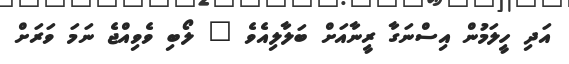
އަދި ހީލަމުން އިސްނަގާ ރީނާއަށް ބަލާލިއެވެ " ލޯބި ވެވިއްޖެ ނަމަ ވަރަށް